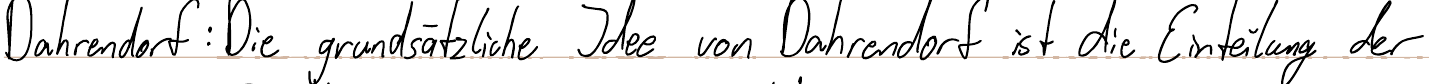
Dahrendorf: Die grundsätzliche Idee von Dahrendorf ist die Einteilung der